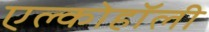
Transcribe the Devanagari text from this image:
एल्कोहॉली